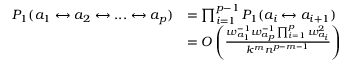
\begin{array} { r l } { P _ { 1 } ( a _ { 1 } \leftrightarrow a _ { 2 } \leftrightarrow . . . \leftrightarrow a _ { p } ) } & { = \prod _ { i = 1 } ^ { p - 1 } P _ { 1 } ( a _ { i } \leftrightarrow a _ { i + 1 } ) } \\ & { = O \left( \frac { w _ { a _ { 1 } } ^ { - 1 } w _ { a _ { p } } ^ { - 1 } \prod _ { i = 1 } ^ { p } w _ { a _ { i } } ^ { 2 } } { k ^ { m } n ^ { p - m - 1 } } \right) } \end{array}